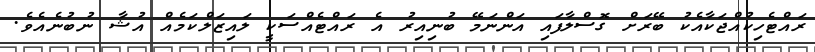
ރައްޓެހިކުއްޖަކާއެކު ބޭރަށް ގޮސްލާފައި އަންނަމޭ ބުނިއިރު އެ ރައްޓެއްސަކީ ލައިޒަލްކަމެއް އުޝާ ނުބުނެއެވެ.